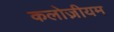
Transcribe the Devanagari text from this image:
कलोज़ीयम